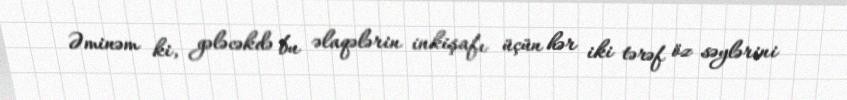
Əminəm ki, gələcəkdə bu əlaqələrin inkişafı üçün hər iki tərəf öz səylərini